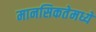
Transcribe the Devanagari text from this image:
मानसिकतेमध्ये